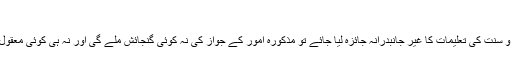
“
اگر قرآن و سنت کی تعلیمات کا غیر جانبدرانہ جائزہ لیا جائے تو مذکورہ اُمور کے جواز کی نہ کوئی گنجائش ملے گی اور نہ ہی کوئی معقول وجہ…!